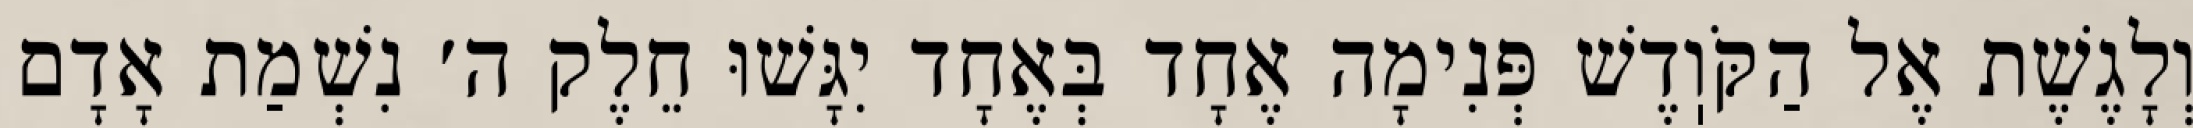
וְלָגֶשֶׁת אֶל הַקֹּוֽדֶשׁ פְּנִימָה אֶחָד בְּאֶחָד יִגָּשׁוּ חֵלֶק ה׳ נִשְׁמַת אָדָם